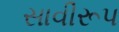
સાવીરૂપ